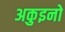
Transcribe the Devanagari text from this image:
अकुइनो